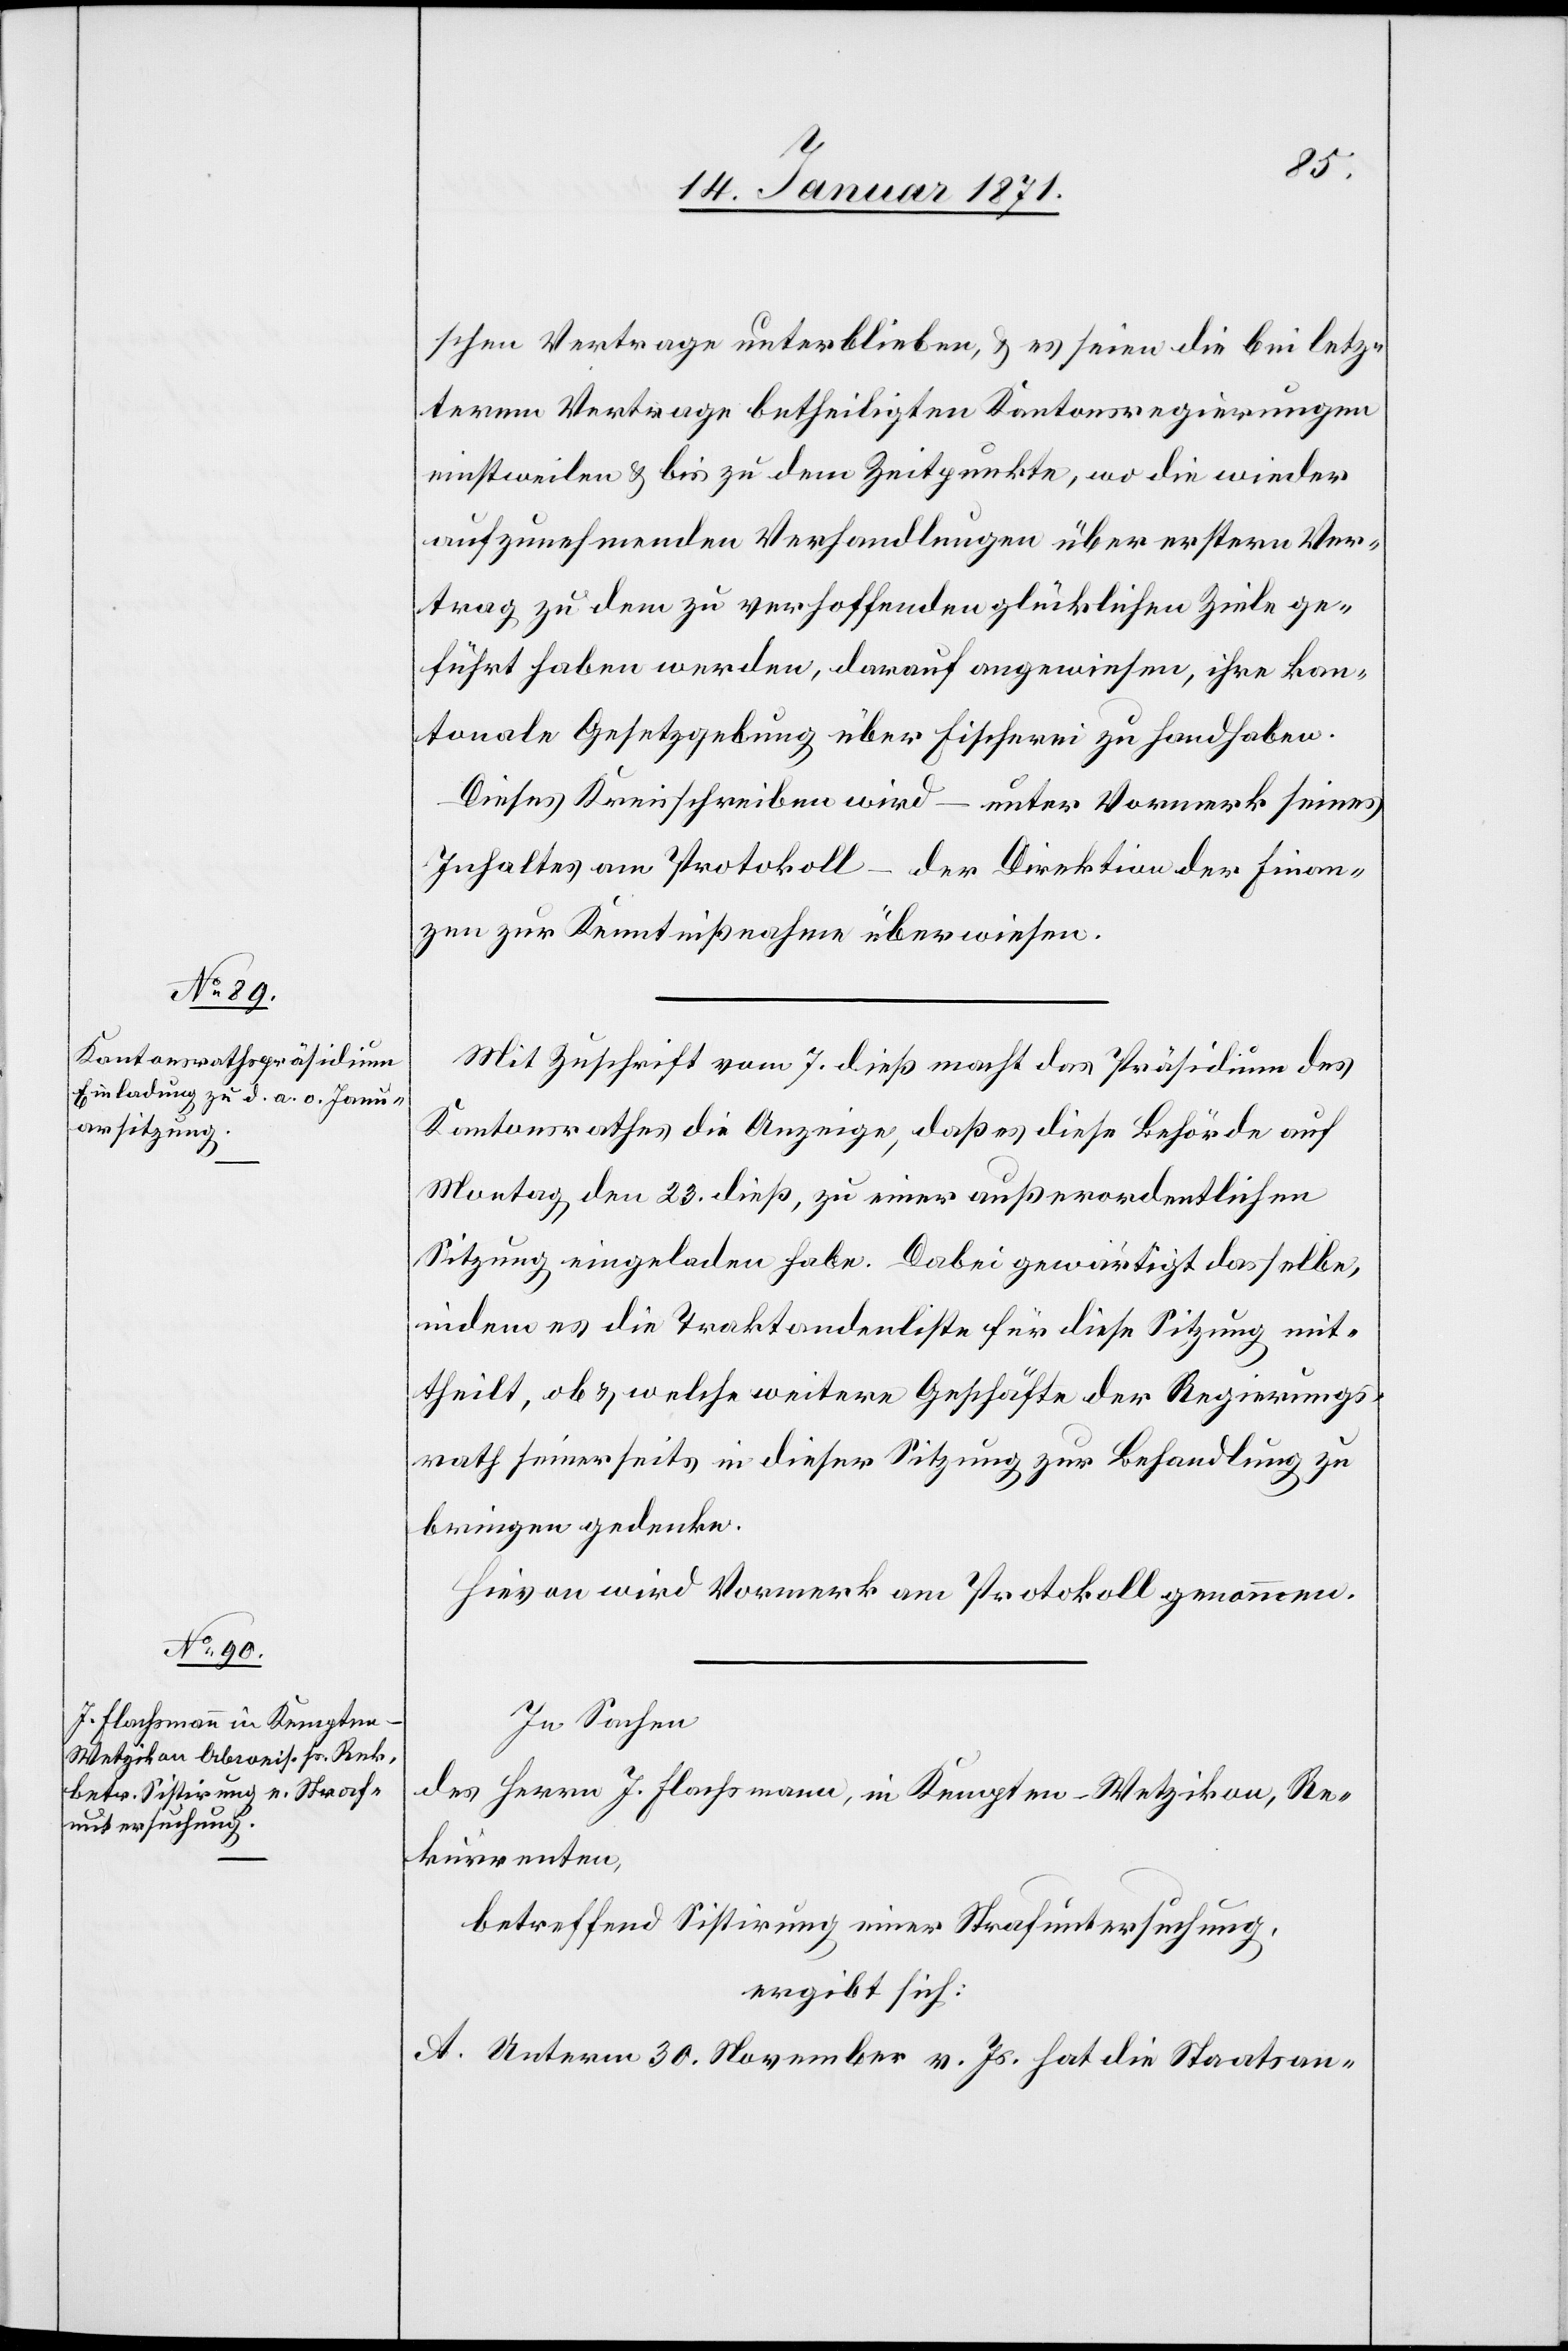
schen Vertrage unterblieben, u. es seien die bei letz¬
terem Vertrage betheiligten Kantonsregierungen
einstweilen u. bis zu dem Zeitpunkte, wo die wieder
aufzunehmenden Verhandlungen über erstern Ver¬
trag zu dem zu verhoffenden glücklichen Ziele ge¬
führt haben werden, darauf angewiesen, ihre kan¬
tonale Gesetzgebung über Fischerei zu handhaben.
Dieses Kreisschreiben wird – unter Vormerk seines
Inhaltes am Protokoll – der Direktion der Finan¬
zen zur Kenntnißnahme überwiesen.
Mit Zuschrift vom 7. dieß macht das Präsidium des
Kantonsrathes die Anzeige, daß es diese Behörde auf
Montag, den 23. dieß, zu einer außerordentlichen
Sitzung eingeladen habe. Dabei gewärtigt dasselbe,
indem es die Traktandenliste für diese Sitzung mit¬
theilt, ob u. welche weitern Geschäfte der Regierungs¬
rath seinerseits in dieser Sitzung zur Behandlung zu
bringen gedenke.
Hievon wird Vormerk am Protkoll genommen.
In Sachen
des Herrn J. Flachsmann, in Kempten-Wetzikon, Re¬
kurrenten,
betreffend Sistirung einer Strafuntersuchung,
ergibt sich:
A. Unterm 30. November v. Js. hat die Staatsan-